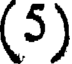
(5)